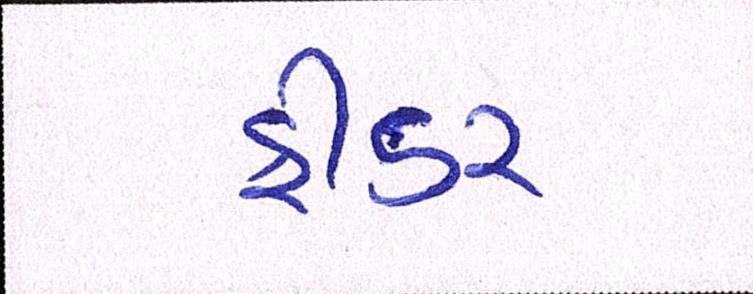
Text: ફીડર